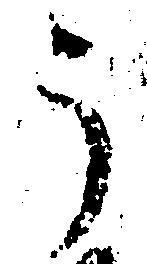
う